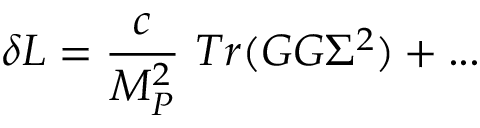
\delta L = \frac { c } { M _ { P } ^ { 2 } } ~ T r ( G G \Sigma ^ { 2 } ) + . . .